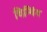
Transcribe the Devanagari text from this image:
चिन्पिंग